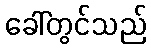
ခေါ်တွင်သည်